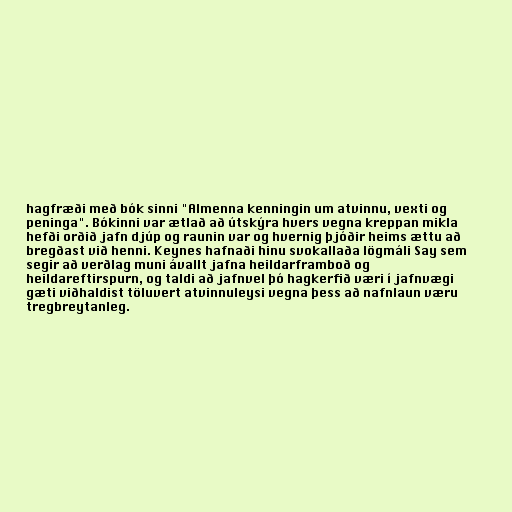
hagfræði með bók sinni "Almenna kenningin um atvinnu, vexti og
peninga". Bókinni var ætlað að útskýra hvers vegna kreppan mikla
hefði orðið jafn djúp og raunin var og hvernig þjóðir heims ættu að
bregðast við henni. Keynes hafnaði hinu svokallaða lögmáli Say sem
segir að verðlag muni ávallt jafna heildarframboð og
heildareftirspurn, og taldi að jafnvel þó hagkerfið væri í jafnvægi
gæti viðhaldist töluvert atvinnuleysi vegna þess að nafnlaun væru
tregbreytanleg.